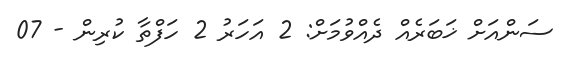
ސަންއަށް ޚަބަރެއް ދެއްވުމަށް: 2 އަހަރު 2 ހަފްތާ ކުރިން - 07